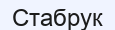
Стабрук